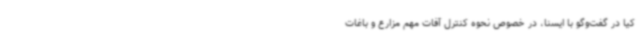
کیا در گفت‌وگو با ایسنا، در خصوص نحوه کنترل آفات مهم مزارع و باغات